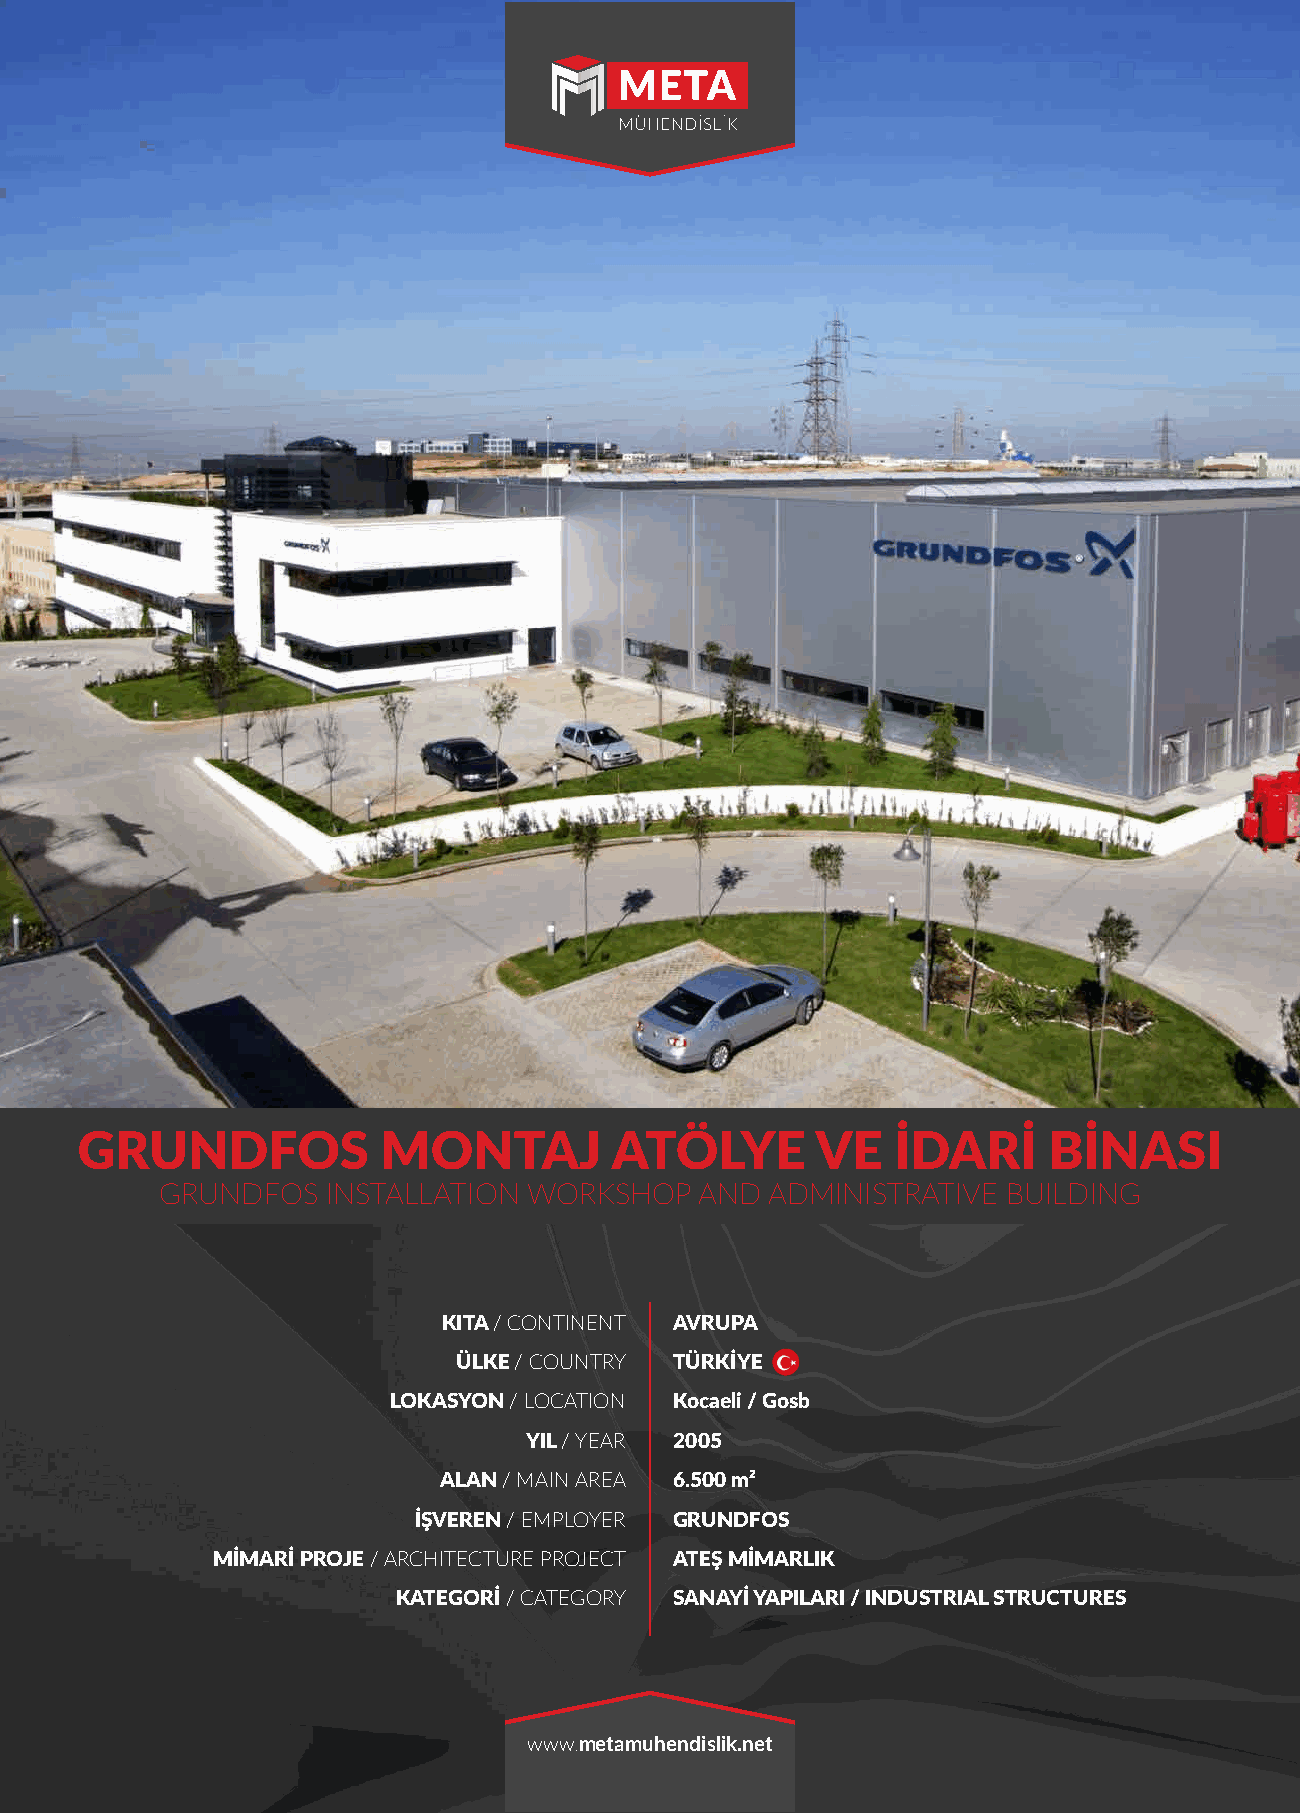
GRUNDFOS            MONTAJ         ATÖLYE        VE   İDARİ     BİNASI
 GRUNDFOS   INSTALLATION WORKSHOP   AND  ADMINISTRATIVE  BUILDING
 KITA / CONTINENT AVRUPA
 ÜLKE / COUNTRY TÜRKİYE
 LOKASYON / LOCATION Kocaeli / Gosb
 YIL / YEAR 2005
 ALAN / MAIN AREA 6.500 m²
 İŞVEREN / EMPLOYER GRUNDFOS
 MİMARİ PROJE / ARCHITECTURE PROJECT ATEŞ MİMARLIK
 KATEGORİ / CATEGORY SANAYİ YAPILARI / INDUSTRIAL STRUCTURES
 www.metamuhendislik.net